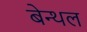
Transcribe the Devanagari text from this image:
बेन्थल